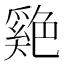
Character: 𦫬